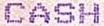
CASH